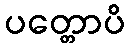
ပတ္တောပိ